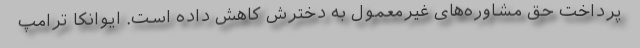
پرداخت حق مشاوره‌های غیرمعمول به دخترش کاهش داده است. ایوانکا ترامپ